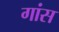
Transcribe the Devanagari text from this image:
गांस